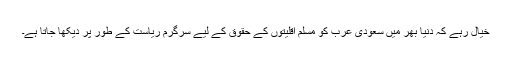
خیال رہے کہ دنیا بھر میں سعودی عرب کو مسلم اقلیتوں کے حقوق کے لیے سرگرم ریاست کے طور پر دیکھا جاتا ہے۔